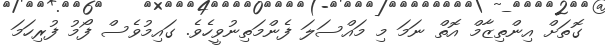
ގޮތަށް އިންތިޒާމް އޮތް ނަމަ މި މައްސަލަ ފެންމަތިނުވީހެވެ. ގައިމުވެސް ފޯމު ފުރިހަމަ